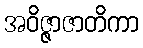
အဝိဇ္ဇာဇာတိကာ